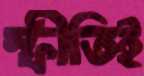
স্ফীতিই